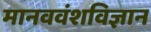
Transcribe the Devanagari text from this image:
मानववंशविज्ञान